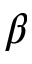
\beta \mathrm { \hbar }